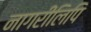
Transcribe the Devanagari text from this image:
नागरीलिपि